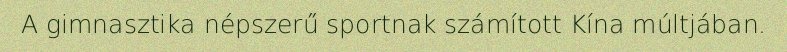
A gimnasztika népszerű sportnak számított Kína múltjában.